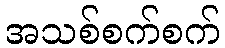
အသစ်စက်စက်